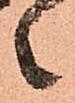
々